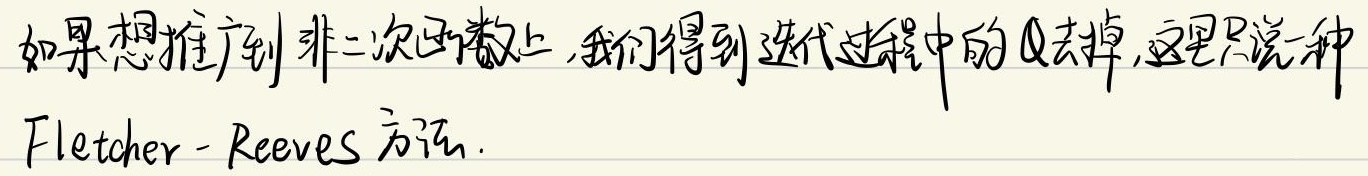
如果想推广到非二次函数上,我们得到迭代过程中的Q去掉,这里只说一种
Fletcher - Reeves 方法.